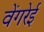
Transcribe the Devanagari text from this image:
वेंगरेई